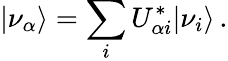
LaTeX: |\nu_{\alpha}\rangle=\sum_{i}U_{\alpha i}^{*}|\nu_{i}\rangle\, .